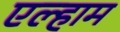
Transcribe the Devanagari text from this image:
एल्हाम